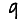
Digit: 9